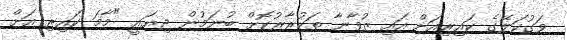
ވަގުކަލޭގެ ކައިރިއަށް އައި ޒުވާނާ ތަކުރާރުކޮށް ބުނަމުން ދިޔައީ "މާމަ ކައިރި އަށް